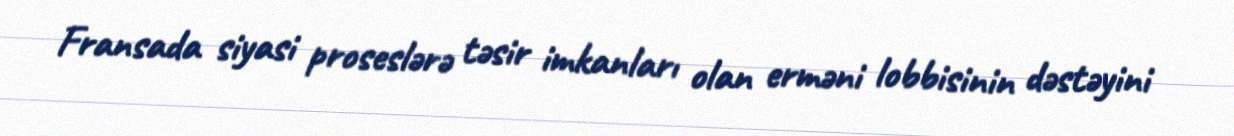
Fransada siyasi proseslərə təsir imkanları olan erməni lobbisinin dəstəyini